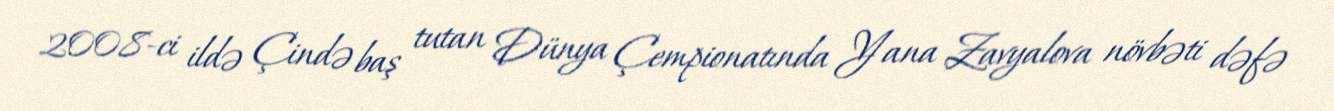
2008-ci ildə Çində baş tutan Dünya Çempionatında Yana Zavyalova növbəti dəfə